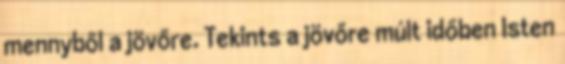
mennyből a jövőre. Tekints a jövőre múlt időben Isten